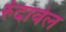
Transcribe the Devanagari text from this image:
रुंदावेल